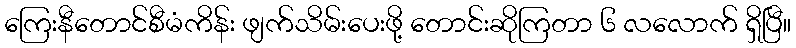
ကြေးနီတောင်စီမံကိန်း ဖျက်သိမ်းပေးဖို့ တောင်းဆိုကြတာ ၆ လလောက် ရှိပြီ။